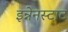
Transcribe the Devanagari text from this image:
इन्नेनस्टाट